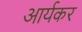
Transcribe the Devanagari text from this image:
आर्यकर